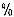
%